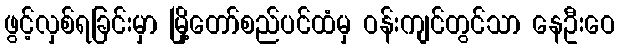
ဖွင့်လှစ်ရခြင်းမှာ မြို့တော်စည်ပင်ထံမှ ဝန်းကျင်တွင်သာ နေဦးဝေ